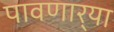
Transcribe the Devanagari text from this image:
पावणार्‍या